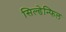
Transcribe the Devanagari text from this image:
सिल्डेन्फिल